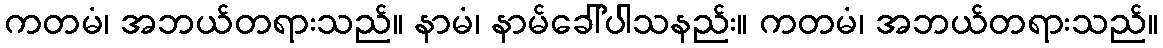
ကတမံ၊ အဘယ်တရားသည်။ နာမံ၊ နာမ်ခေါ်ပါသနည်း။ ကတမံ၊ အဘယ်တရားသည်။